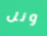
ونل